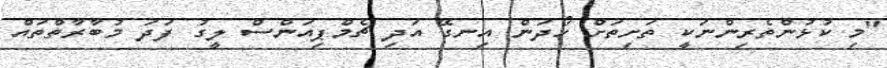
"މި ކުޅުންތެރިންނަކީ ތަށިތަށް ހޯދަން އިނގޭ އަދި ޗެމްޕިއަންސް ލީގު ފަދަ މުބާރާތްތައް